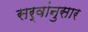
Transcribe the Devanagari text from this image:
सर्वांनुसार